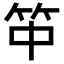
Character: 𥫯